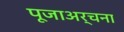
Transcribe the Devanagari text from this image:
पूजाअर्चना